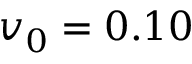
v _ { 0 } = 0 . 1 0